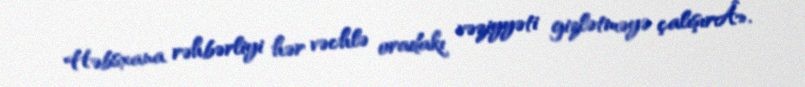
Həbsxana rəhbərliyi hər vəchlə oradakı vəziyyəti gizlətməyə çalışırÂ».